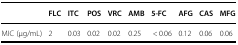
<table><thead><tr><td></td><td><b>FLC</b></td><td><b>ITC</b></td><td><b>POS</b></td><td><b>VRC</b></td><td><b>AMB</b></td><td><b>5-FC</b></td><td><b>AFG</b></td><td><b>CAS</b></td><td><b>MFG</b></td></tr></thead><tbody><tr><td>MIC (μg/mL)</td><td>2</td><td>0.03</td><td>0.02</td><td>0.02</td><td>0.25</td><td> &lt; 0.06</td><td>0.12</td><td>0.06</td><td>0.06</td></tr></tbody></table>